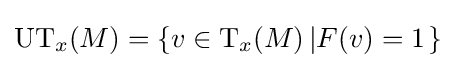
\mathrm {UT} _{x}(M)=\left\{v\in \mathrm {T} _{x}(M)\left|F(v)=1\right.\right\}